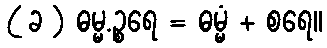
( ခ ) ဓမ္မ.ဉ္စရေ = ဓမ္မံ + စရေ။